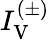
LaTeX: I_{\mathrm{V}}^{(\pm)}